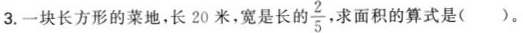
3.一块长方形的菜地，长20米，宽是长的 \frac{2}{5} 求面积的算式是( )